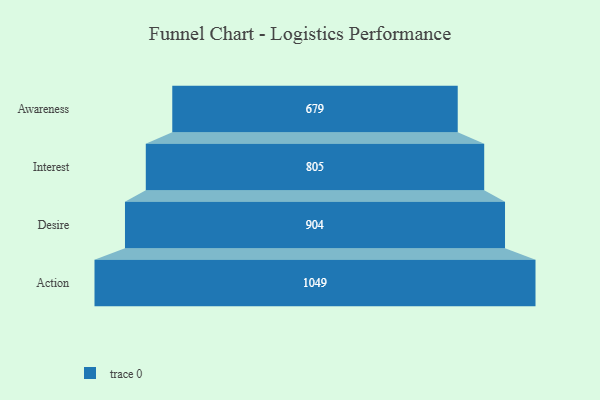
{"axis": {"x": "Stage", "y": "Value"}, "legend": [""], "data": [{"x": "Awareness", "y": 679.0, "type": ""}, {"x": "Interest", "y": 805.0, "type": ""}, {"x": "Desire", "y": 904.0, "type": ""}, {"x": "Action", "y": 1049.0, "type": ""}]}